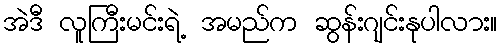
အဲဒီ လူကြီးမင်းရဲ့ အမည်က ဆွန်းဂျင်းနုပါလား။